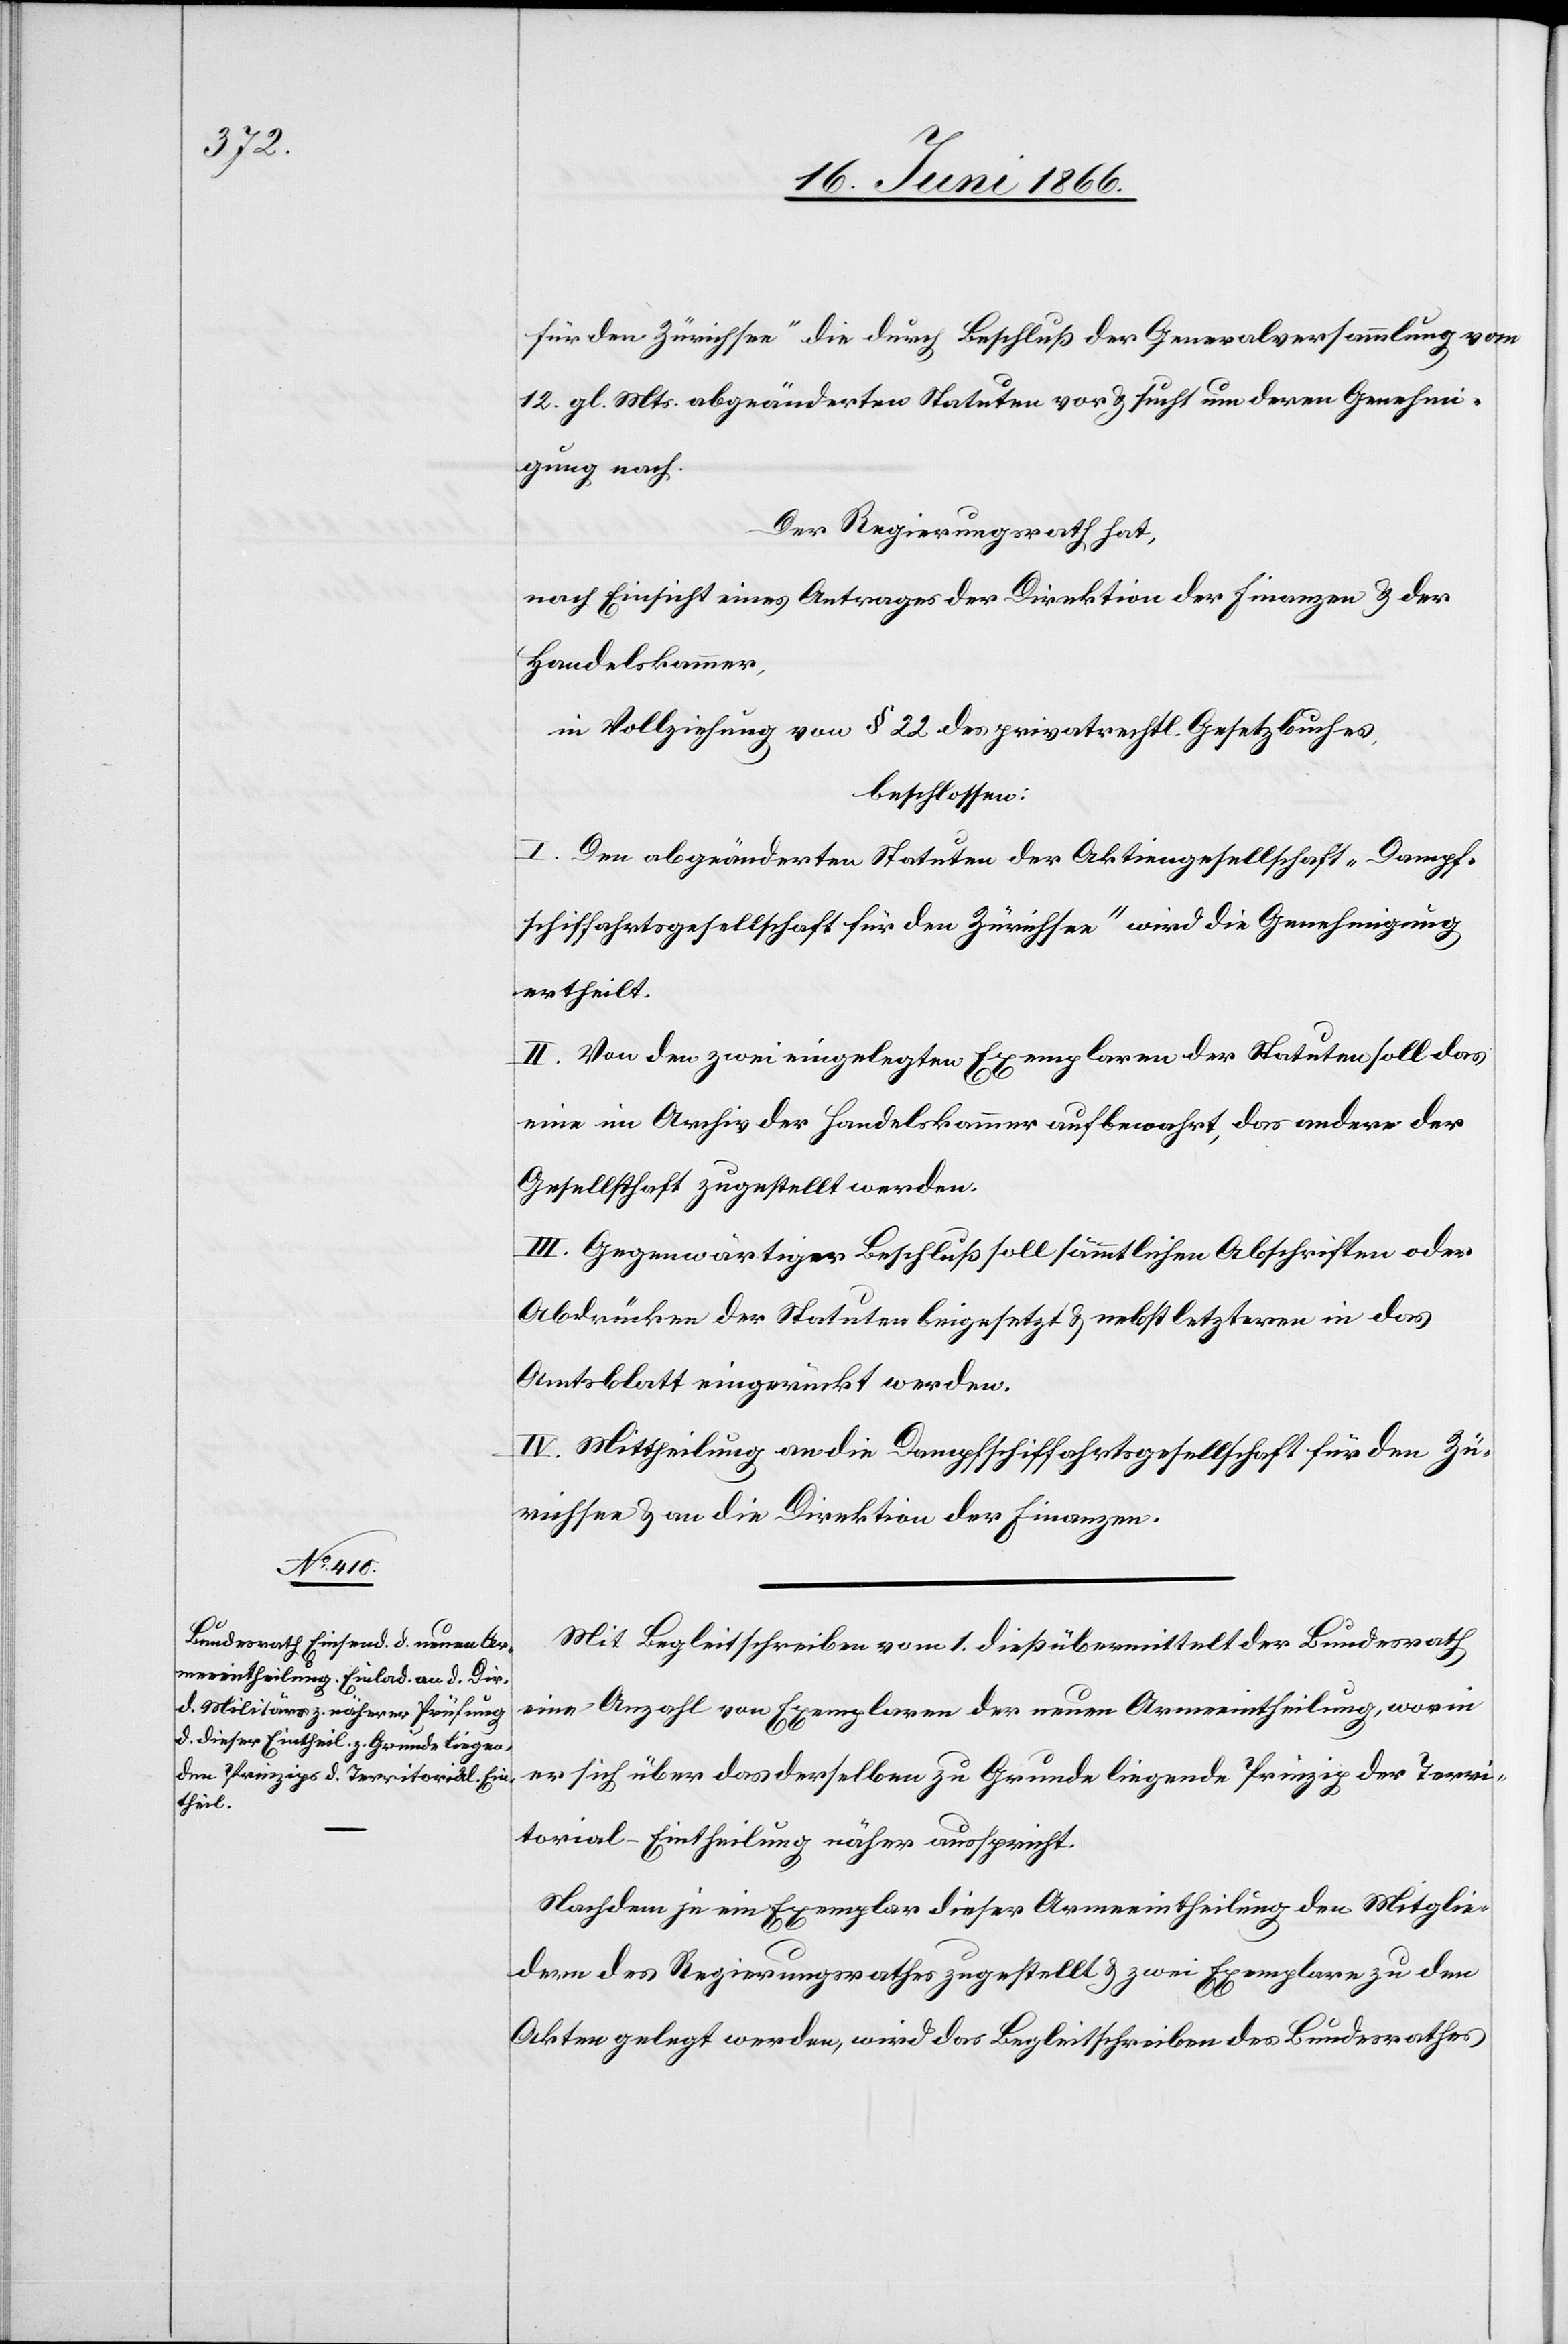
für den Zürichsee“ die durch Beschluß der Generalversammlung vom
12. gl. Mts. abgeänderten Statuten vor u. sucht um deren Genehmi¬
gung nach.
Der Regierungsrath hat,
nach Einsicht eines Antrages der Direktion der Finanzen u. der
Handelskammer,
in Vollziehung vom § 22 des privatrechtl. Gesetzbuches,
beschlossen:
I. Den abgeänderten Statuten der Aktiengesellschaft „Dampf¬
schiffahrtsgesellschaft für den Zürichsee“ wird die Genehmigung
ertheilt.
II. Von den zwei eingelegten Exemplaren der Statuten soll das
eine im Archiv der Handelskammer aufbewahrt, das andere der
Gesellschaft zugestellt werden.
III. Gegenwärtiger Beschluß soll sämmtlichen Abschriften oder
Abdrücken der Statuten beigesetzt u. nebst letzteren in das
Amtsblatt eingerückt werden.
IV. Mittheilung an die Dampfschiffahrtsgesellschaft für den Zü¬
richsee u. an die Direktion der Finanzen.
Mit Begleitschreiben vom 1. dieß übermittelt der Bundesrath
eine Anzahl von Exemplaren der neuen Armeeintheilung, worin
er sich über das derselben zu Grunde liegende Prinzip der Terri¬
torial-Eintheilung näher ausspricht.
Nachdem je ein Exemplar dieser Armeeintheilung den Mitglie¬
dern des Regierungsrathes zugestellt u. zwei Exemplare zu den
Akten gelegt werden, wird das Begleitschreiben des Bundesrathes